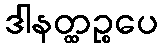
ဒါနတ္ထဉ္စပေ